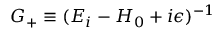
G _ { + } \equiv ( E _ { i } - H _ { 0 } + i \epsilon ) ^ { - 1 }